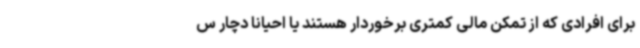
برای افرادی که از تمکن مالی کمتری برخوردار هستند یا احیانا دچار س